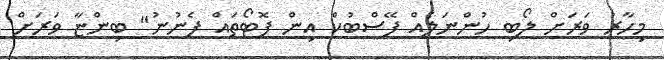
މިހާރު ވަރަށް ލޯބި ހުންނަލެއް ފޭސްބުކް އިން ފޮޓޯތައް ފެނުނު" ބިންޏާ ވަރަށް